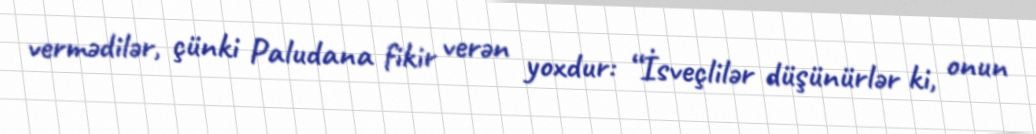
vermədilər, çünki Paludana fikir verən yoxdur: “İsveçlilər düşünürlər ki, onun